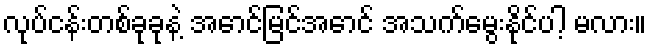
လုပ်ငန်းတစ်ခုခုနဲ့ အောင်မြင်အောင် အသက်မွေးနိုင်ပါ့ မလား။